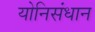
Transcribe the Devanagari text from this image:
योनिसंधान